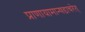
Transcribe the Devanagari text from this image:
प्राणायामान्षडाचरेत्